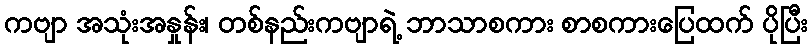
ကဗျာ အသုံးအနှုန်း၊ တစ်နည်းကဗျာရဲ့ ဘာသာစကား စာစကားပြေထက် ပိုပြီး